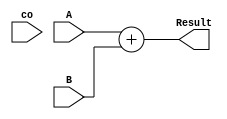
module Adder_32bit(A, B, co, Result);
input [31:0] A;
input [31:0] B;
input co;
output [31:0] Result;

	assign {co, Result} = A + B;

endmodule